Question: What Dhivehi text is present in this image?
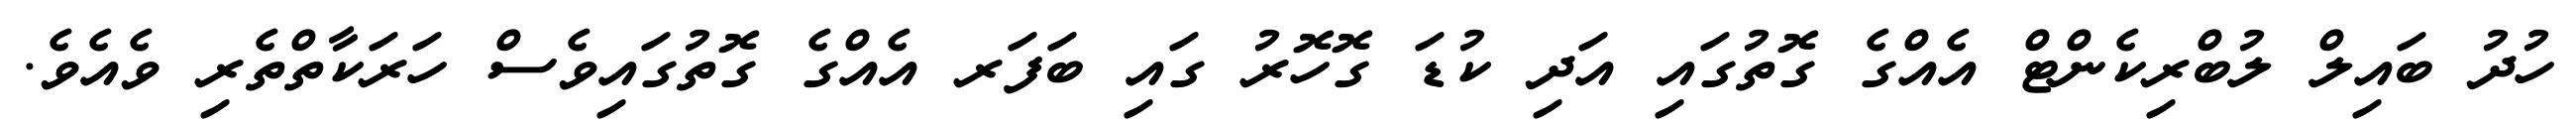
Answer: ހުދު ބައިލް ލުބްރިކެންޓް އެއްގެ ގޮތުގައި އަދި ކުޑަ ގޮހޮރު ގައި ބަފަރ އެއްގެ ގޮތުގައިވެސް ހަރަކާތްތެރި ވެއެވެ.